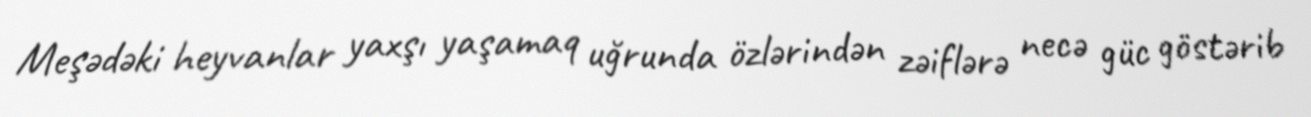
Meşədəki heyvanlar yaxşı yaşamaq uğrunda özlərindən zəiflərə necə güc göstərib